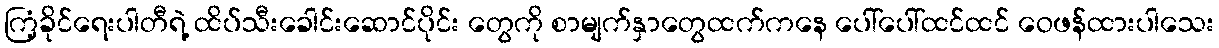
ကြံ့ခိုင်ရေးပါတီရဲ့ ထိပ်သီးခေါင်းဆောင်ပိုင်း တွေကို စာမျက်နှာတွေထက်ကနေ ပေါ်ပေါ်ထင်ထင် ဝေဖန်ထားပါသေး